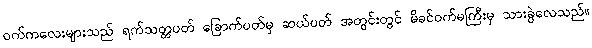
ဝက်ကလေးများသည် ရက်သတ္တပတ် ခြောက်ပတ်မှ ဆယ်ပတ် အတွင်းတွင် မိခင်ဝက်မကြီးမှ သားခွဲလေသည်။